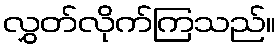
လွှတ်လိုက်ကြသည်။